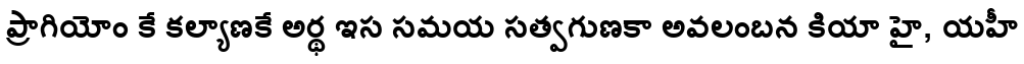
ప్రాగియోం కే కల్యాణకే అర్థ ఇస సమయ సత్వగుణకా అవలంబన కియా హై, యహీ